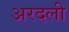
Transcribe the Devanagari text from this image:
अरदली